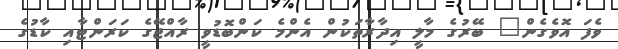
ވެފަ އޮވެގެން" ބޭރުގެ މާލީ އިދާރާތަކުން އެންމެ ކަންބޮޑުވީ ރާއްޖޭގެ ކަރަންޓާއި ކާޑުގެ